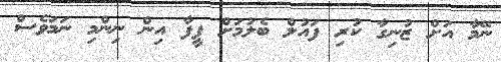
ނޭމާ އަށް ޒުނިގާ ކުރި ފައުލް ބެލުމަށް ފީފާ އިން ނިންމި ނަމަވެސް